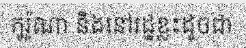
កូរ៉ូណា និងនៅរដ្ឋខ្លះដូចជា